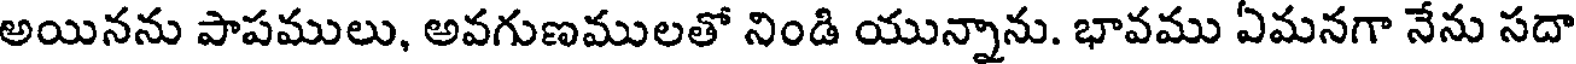
అయినను పాపములు, అవగుణములతో నిండి యున్నాను. భావము ఏమనగా నేను సదా